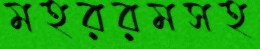
মহররমসহ